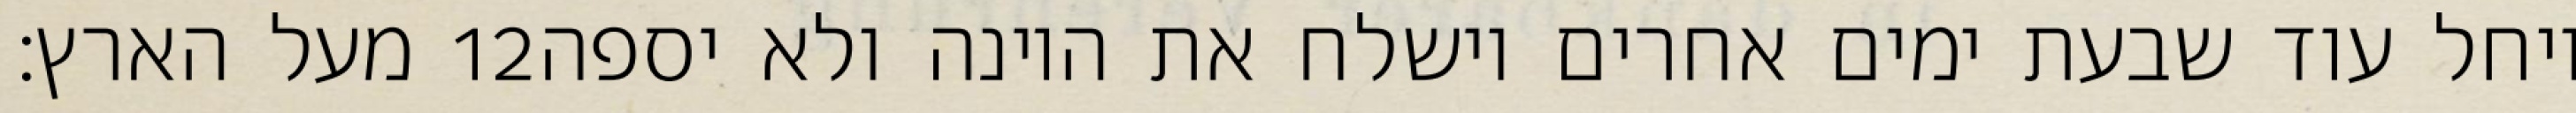
מעל הארץ׃ ‎12‏ ויחל עוד שבעת ימים אחרים וישלח את היונה ולא יספה